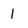
Character: 1